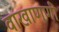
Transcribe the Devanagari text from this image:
वाखाणणी